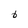
Character: 6